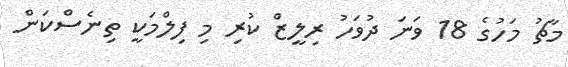
މާޗު މަހުގެ 18 ވަނަ ދުވަހު ރިލީޒް ކުރި މި ފިލްމަކީ ތިނެސްކަން